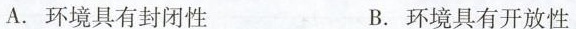
A.环境具有封闭性 B.环境具有开放性